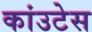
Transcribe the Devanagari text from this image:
कांउटेस